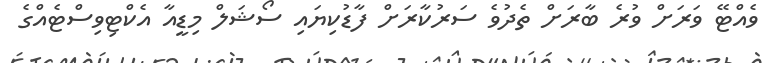
ވެއްޓޭ ވަރަށް ވުރެ ބާރަށް ތެދުވެ ސަރުކާރަށް ފާޑުކިޔައި ސޯޝަލް މިޑީއާ އެކްޓިވިސްޓެއްގެ